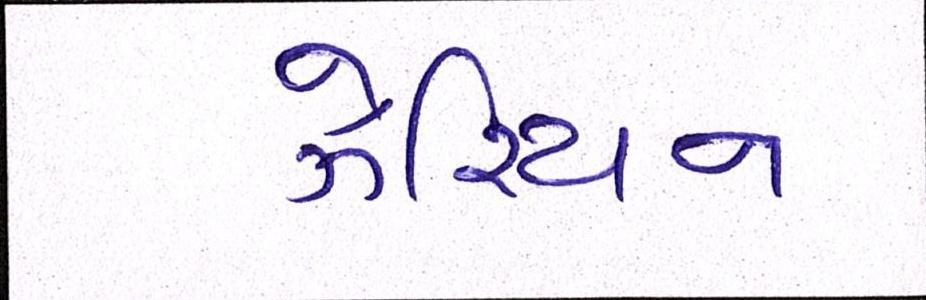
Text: ઝેરિયન